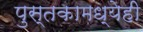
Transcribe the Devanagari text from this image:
पुस्तकामध्येही